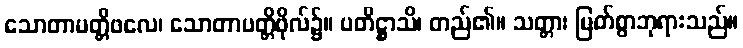
သောတာပတ္တိဖလေ၊ သောတာပတ္တိဖိုလ်၌။ ပတိဋ္ဌာသိ၊ တည်၏။ သတ္တာ၊ မြတ်စွာဘုရားသည်။